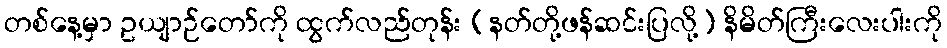
တစ်နေ့မှာ ဥယျာဉ်တော်ကို ထွက်လည်တုန်း (နတ်တို့ဖန်ဆင်းပြလို့) နိမိတ်ကြီးလေးပါးကို